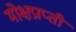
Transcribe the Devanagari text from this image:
मोक्षप्राप्‍ती